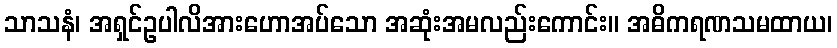
သာသနံ၊ အရှင်ဥပါလိအားဟောအပ်သော အဆုံးအမလည်းကောင်း။ အဓိကရဏသမထာယ၊